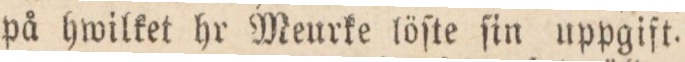
på hwilket hr Meurke löſte ſin uppgift.